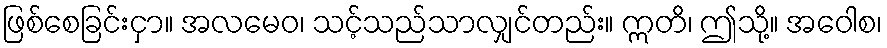
ဖြစ်စေခြင်းငှာ။ အလမေဝ၊ သင့်သည်သာလျှင်တည်း။ ဣတိ၊ ဤသို့။ အဝေါစ၊